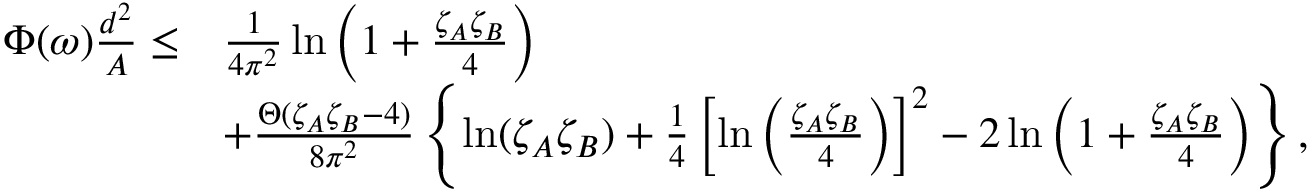
\begin{array} { r l } { \Phi ( \omega ) \frac { d ^ { 2 } } { A } \leq } & { \frac { 1 } { 4 \pi ^ { 2 } } \ln \left( 1 + \frac { \zeta _ { A } \zeta _ { B } } { 4 } \right) } \\ & { + \frac { \Theta ( \zeta _ { A } \zeta _ { B } - 4 ) } { 8 \pi ^ { 2 } } \left\{ \ln ( \zeta _ { A } \zeta _ { B } ) + \frac { 1 } { 4 } \left[ \ln \left( \frac { \zeta _ { A } \zeta _ { B } } { 4 } \right) \right] ^ { 2 } - 2 \ln \left( 1 + \frac { \zeta _ { A } \zeta _ { B } } { 4 } \right) \right\} , } \end{array}